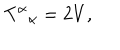
LaTeX: T ^ { \alpha } { } _ { \alpha } = 2 V ,